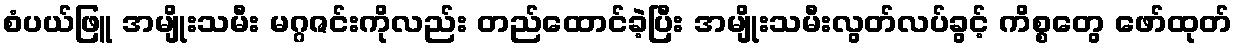
စံပယ်ဖြူ အမျိုးသမီး မဂ္ဂဇင်းကိုလည်း တည်ထောင်ခဲ့ပြီး အမျိုးသမီးလွတ်လပ်ခွင့် ကိစ္စတွေ ဖော်ထုတ်